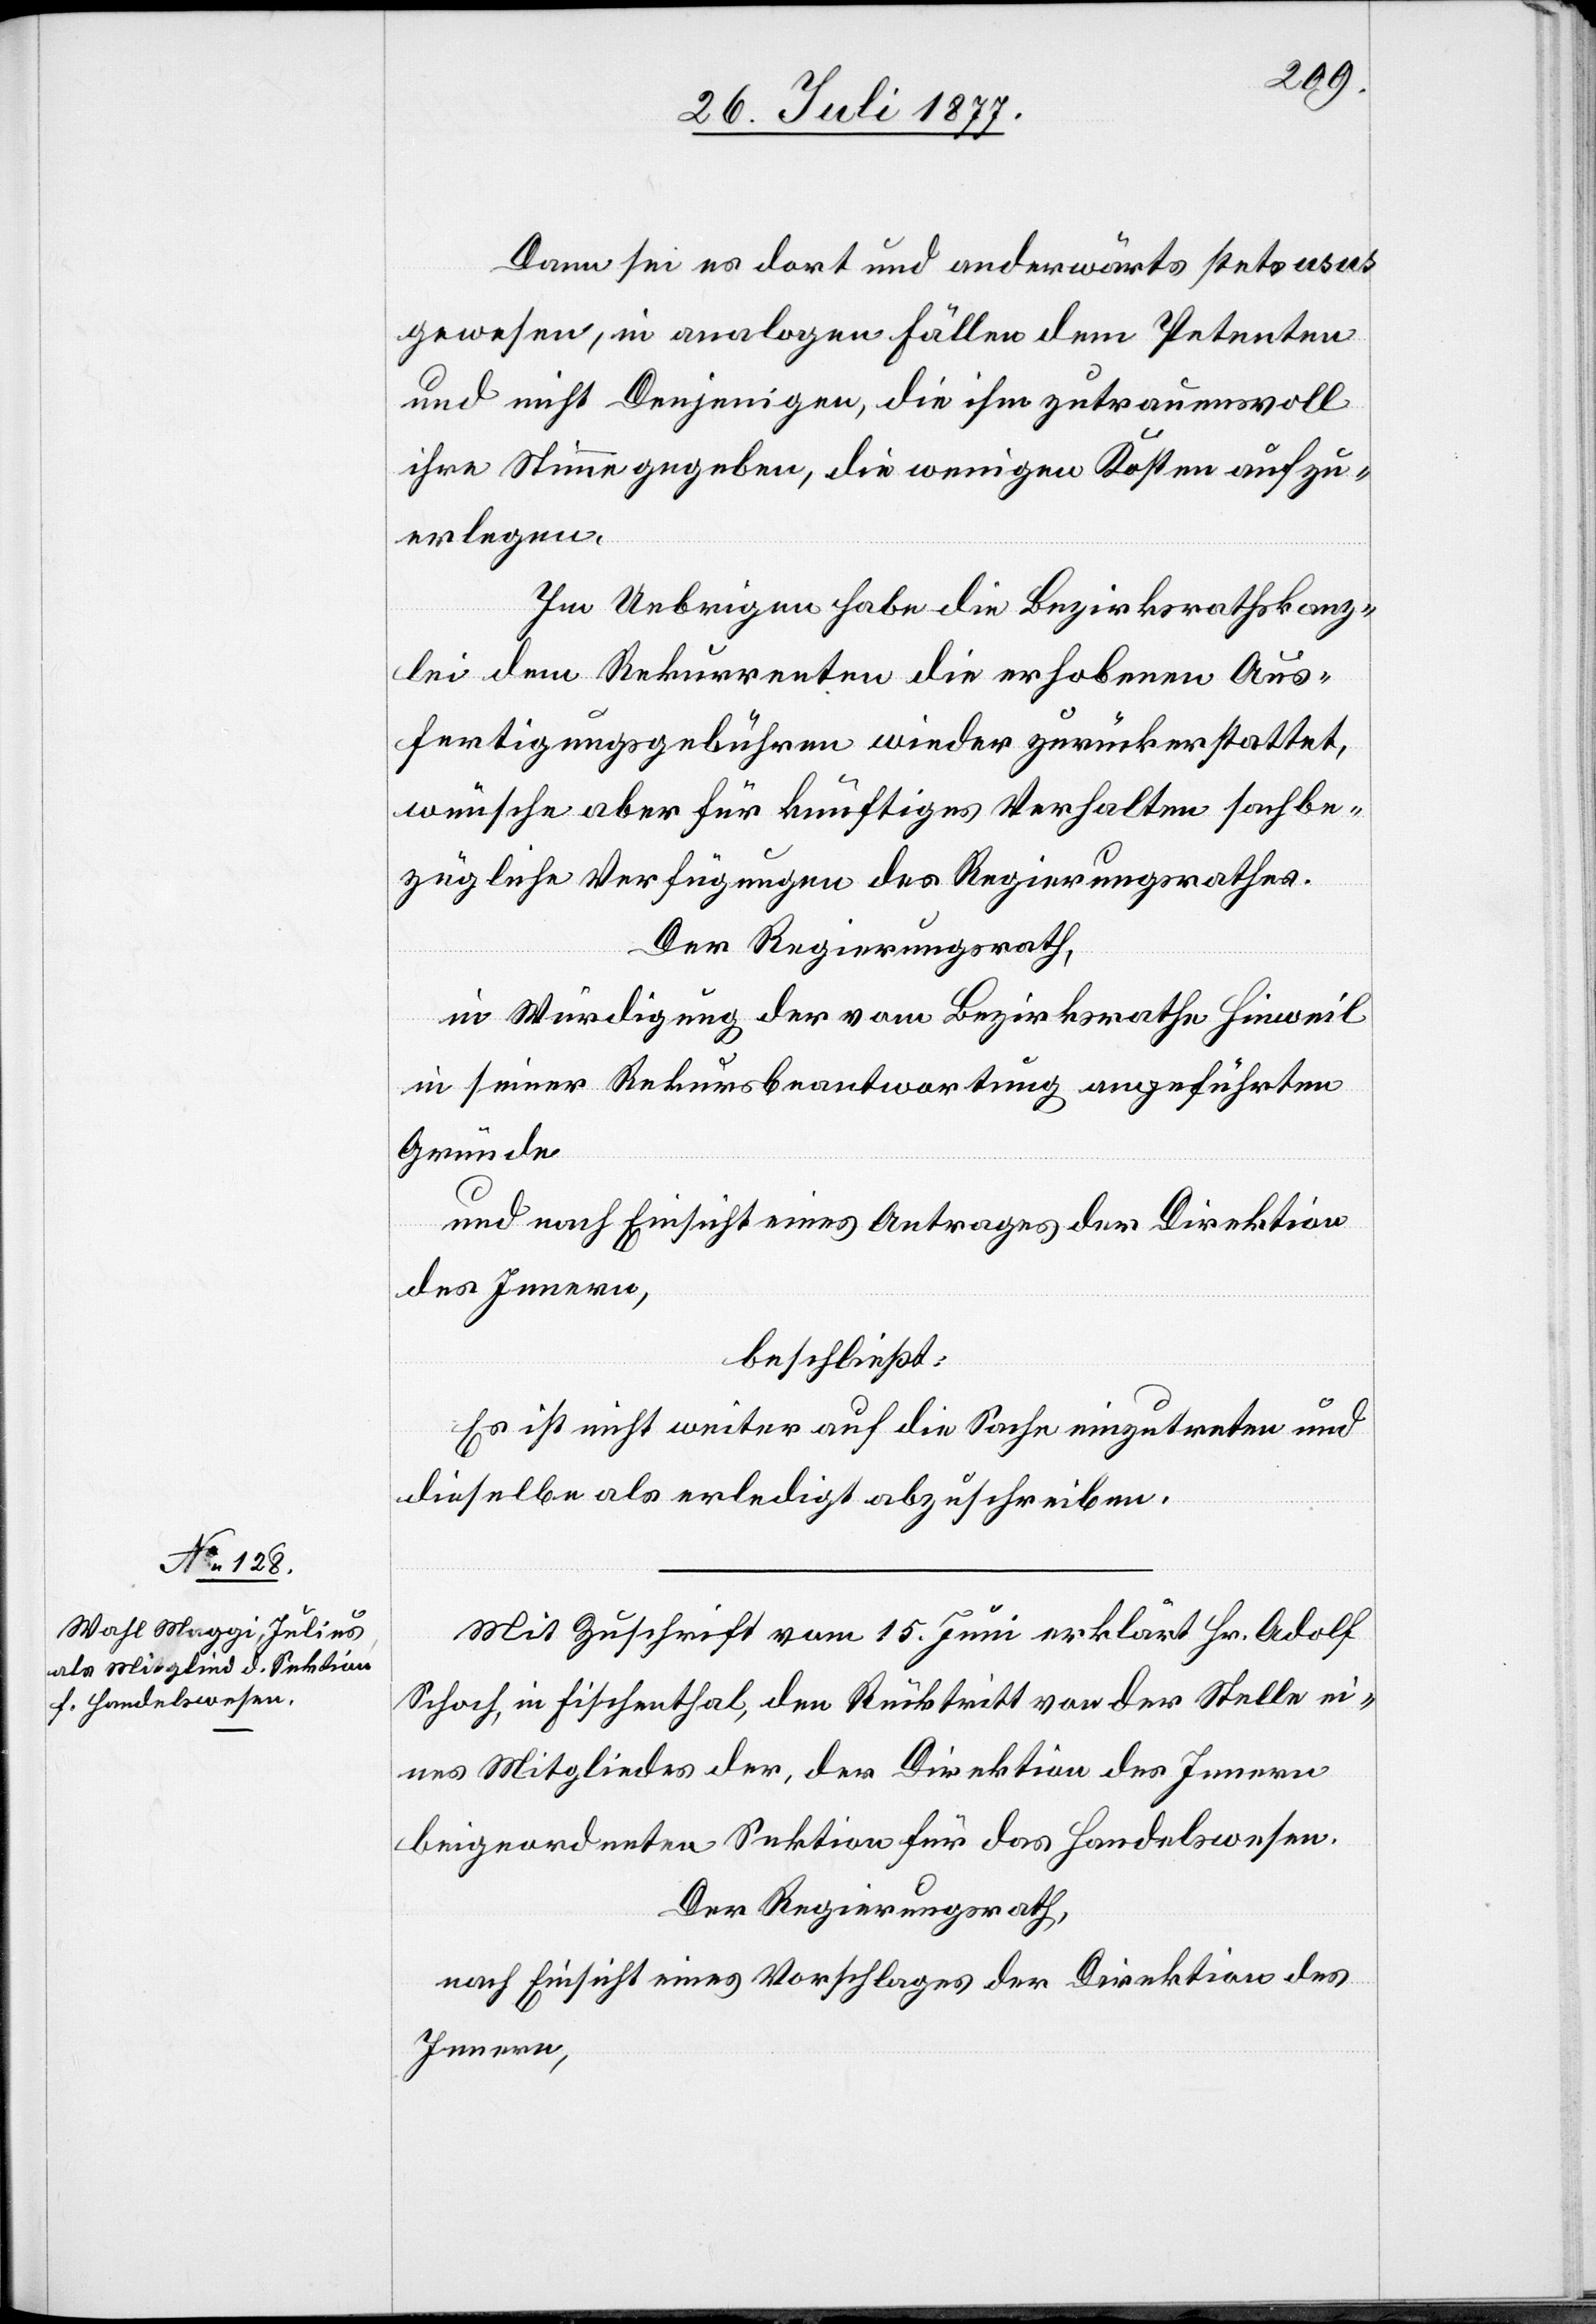
Dann sei es dort und anderwärts stets usus
gewesen, in analogen Fällen dem Petenten
und nicht Denjenigen, die ihm zutrauensvoll
ihre Stimme gegeben, die wenigen Kosten aufzu¬
erlegen.
Im Uebrigen habe die Bezirksrathskanz¬
lei dem Rekurrenten die erhobenen Aus¬
fertigungsgebühren wieder zurückerstattet,
wünsche aber für künftiges Verhalten sachbe¬
zügliche Verfügungen des Regierungsrathes.
Der Regierungsrath,
in Würdigung der vom Bezirksrathe Hinweil
in seiner Rekursbeantwortung angeführten
Gründe
und nach Einsicht eines Antrages der Direktion
des Innern,
beschließt:
Es ist nicht weiter auf die Sache einzutreten und
dieselbe als erledigt abzuschreiben.
Mit Zuschrift vom 15. Juni erklärt Hr. Adolf
Schoch, in Fischenthal, den Rücktritt von der Stelle ei¬
nes Mitgliedes der, der Direktion des Innern
beigeordneten Sektion für das Handelswesen.
Der Regierungsrath,
nach Einsicht eines Vorschlages der Direktion des
Innern,